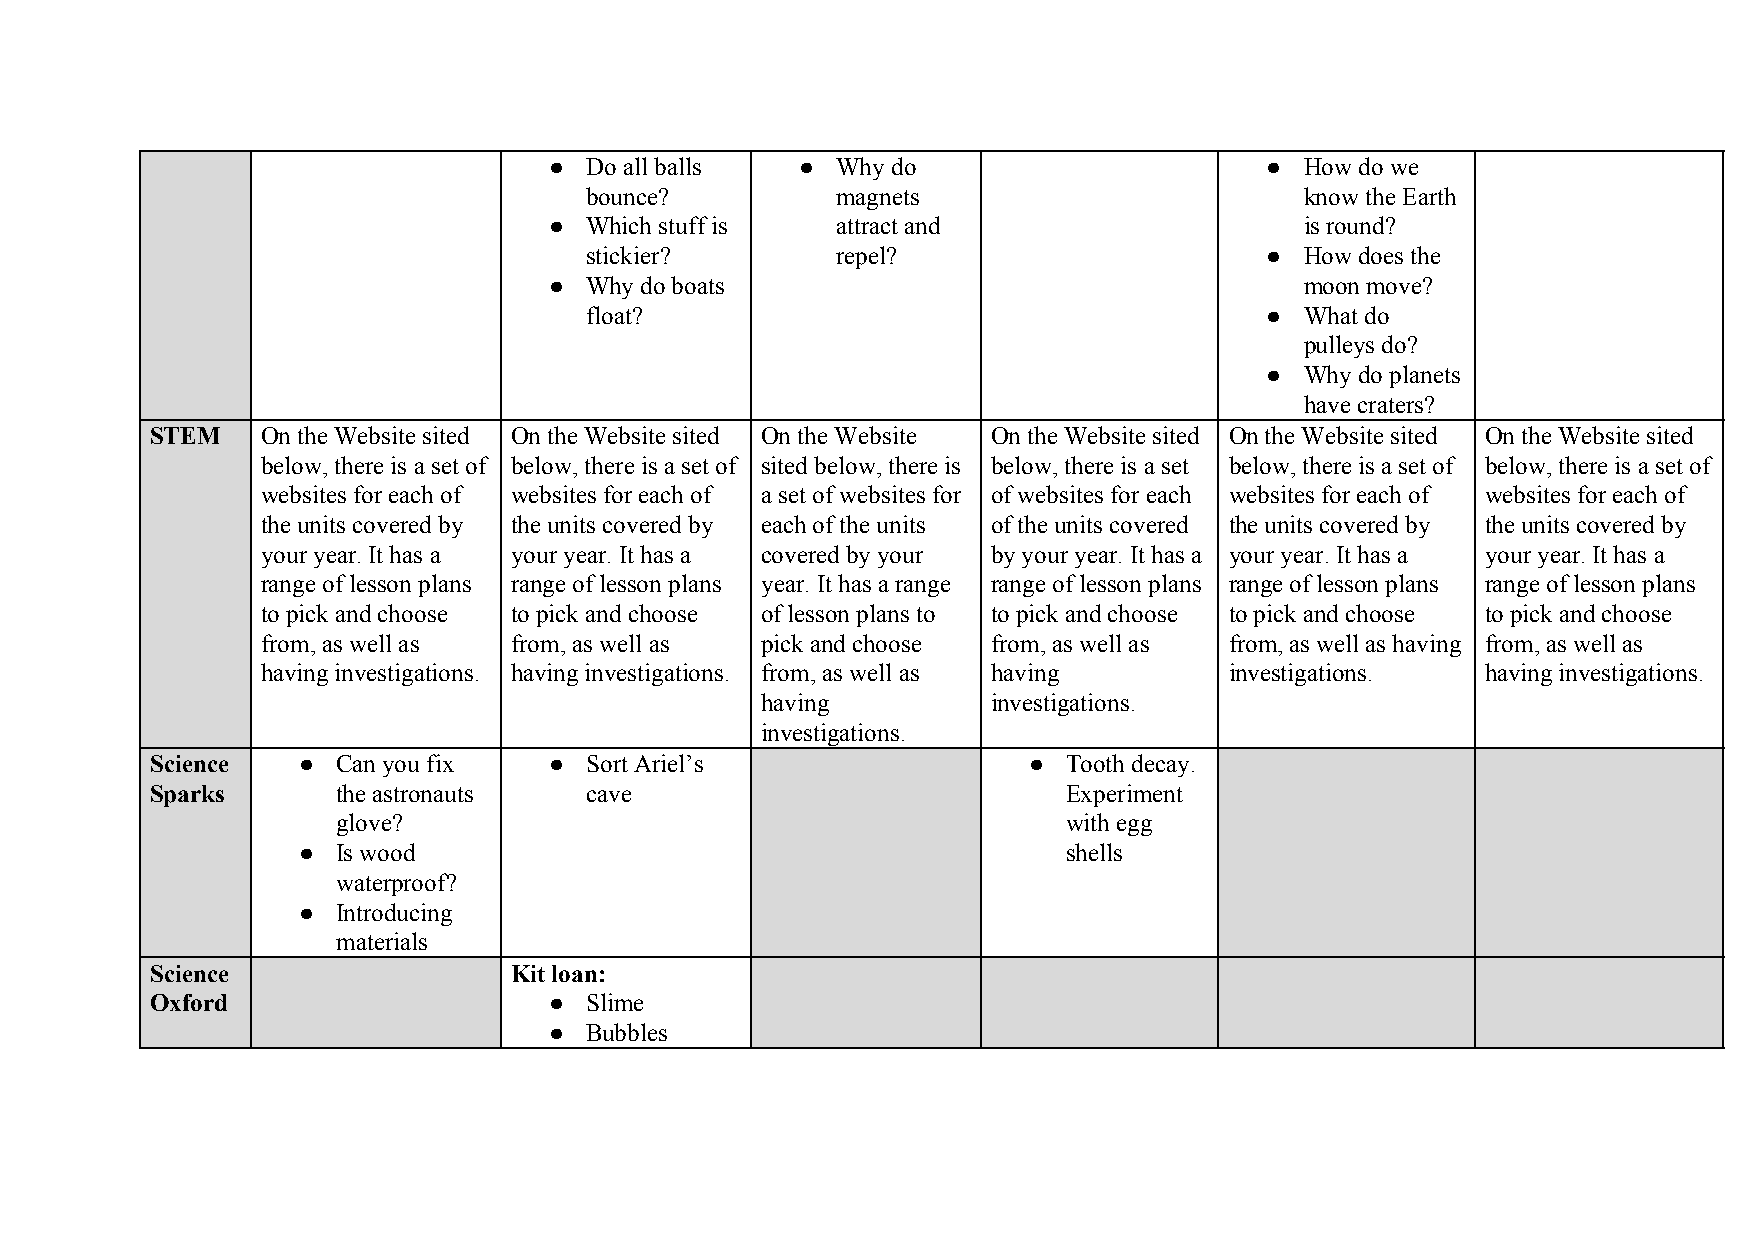
●  Do all balls  ● Why do                       ● How do we
 bounce?         magnets                        know the Earth
 ●  Which stuff is  attract and                    is round?
 stickier?       repel?                       ● How does the
 ●  Why do boats                                   moon move?
 float?                                       ● What do
 pulleys do?
 ● Why do planets
 have craters?
 STEM   On the Website sited On the Website sited On the Website On the Website sited On the Website sited On the Website sited
 below, there is a set of below, there is a set of sited below, there is below, there is a set below, there is a set of below, there is a set of
 websites for each of websites for each of a set of websites for of websites for each websites for each of websites for each of
 the units covered by the units covered by each of the units of the units covered the units covered by the units covered by
 your year. It has a your year. It has a covered by your by your year. It has a your year. It has a your year. It has a
 range of lesson plans range of lesson plans year. It has a range range of lesson plans range of lesson plans range of lesson plans
 to pick and choose to pick and choose of lesson plans to to pick and choose to pick and choose to pick and choose
 from, as well as from, as well as pick and choose from, as well as from, as well as having from, as well as
 having investigations. having investigations. from, as well as having investigations. having investigations.
 having          investigations.
 investigations.
 Science   ● Can you fix   ●  Sort Ariel’s                 ●  Tooth decay.
 Sparks      the astronauts   cave                            Experiment
 glove?                                           with egg
 ● Is wood                                          shells
 waterproof?
 ● Introducing
 materials
 Science                 Kit loan:
 Oxford                    ●  Slime
 ●  Bubbles